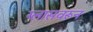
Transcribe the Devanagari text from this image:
ग्लासवरून